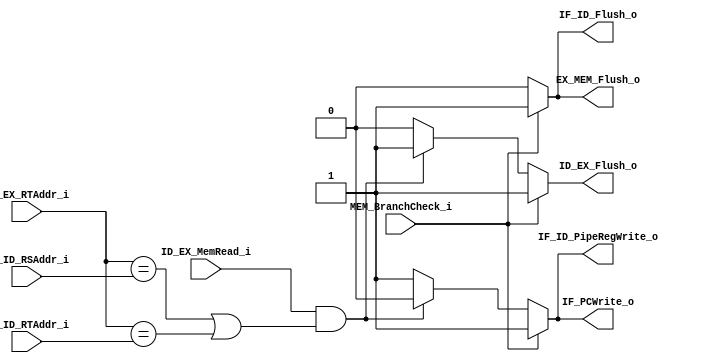
//109550070
module Hazard_Unit(
    IF_ID_RSAddr_i,
    IF_ID_RTAddr_i,
    ID_EX_RTAddr_i,
    ID_EX_MemRead_i,
    MEM_BranchCheck_i,
    IF_PCWrite_o,
    IF_ID_PipeRegWrite_o,
    IF_ID_Flush_o,
    ID_EX_Flush_o,
    EX_MEM_Flush_o
    );

input [5-1:0] IF_ID_RSAddr_i, IF_ID_RTAddr_i, ID_EX_RTAddr_i;
input         ID_EX_MemRead_i, MEM_BranchCheck_i;
output        IF_PCWrite_o, IF_ID_PipeRegWrite_o,
              IF_ID_Flush_o, ID_EX_Flush_o, EX_MEM_Flush_o;

reg IF_PCWrite_o, IF_ID_PipeRegWrite_o,
    IF_ID_Flush_o, ID_EX_Flush_o, EX_MEM_Flush_o;

always @(*) begin
    //Branch Hazard
    if(MEM_BranchCheck_i) begin
        IF_PCWrite_o <= 1;
        IF_ID_PipeRegWrite_o <= 1;
        IF_ID_Flush_o <= 1;
        ID_EX_Flush_o <= 1;
        EX_MEM_Flush_o <= 1;

//        $display("branch hazard");
//        $display("RS addr: ", IF_ID_RSAddr_i);
//        $display("RT addr: ", IF_ID_RTAddr_i);

    end
    //Load-Use Hazard
    else if(ID_EX_MemRead_i &
       ((ID_EX_RTAddr_i == IF_ID_RSAddr_i) |
        (ID_EX_RTAddr_i == IF_ID_RTAddr_i)))
    begin
        IF_PCWrite_o <= 0;
        IF_ID_PipeRegWrite_o <= 0;
        IF_ID_Flush_o <= 0;
        ID_EX_Flush_o <= 1;
        EX_MEM_Flush_o <= 0;
        
//        $display("load-use  hazard");
//        $display("RS addr: ", IF_ID_RSAddr_i);
//        $display("RT addr: ", IF_ID_RTAddr_i);
//        $display("RD addr: ", ID_EX_RTAddr_i);
    end
    else begin
        IF_PCWrite_o <= 1;
        IF_ID_PipeRegWrite_o <= 1;
        IF_ID_Flush_o <= 0;
        ID_EX_Flush_o <= 0;
        EX_MEM_Flush_o <= 0;
    end
    
end            

endmodule